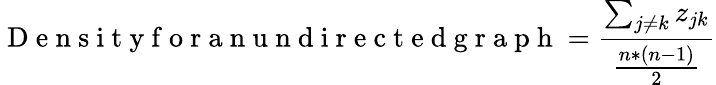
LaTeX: \mathrm{~D~e~n~s~i~t~y~f~o~r~a~n~u~n~d~i~r~e~c~t~e~d~g~r~a~p~h~}=\frac{\sum_{j\neq k}z_{jk}}{\frac{n*(n-1)}{2}}